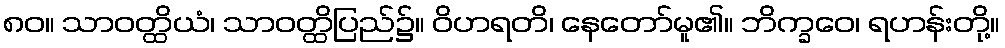
၈၀။ သာဝတ္ထိယံ၊ သာဝတ္ထိပြည်၌။ ဝိဟရတိ၊ နေတော်မူ၏။ ဘိက္ခဝေ၊ ရဟန်းတို့။